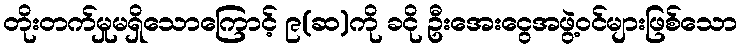
တိုးတက်မှုမရှိသောကြောင့် ၉(ဆ)ကို ခငို ဦးအေးငွေအဖွဲ့ဝင်များဖြစ်သော